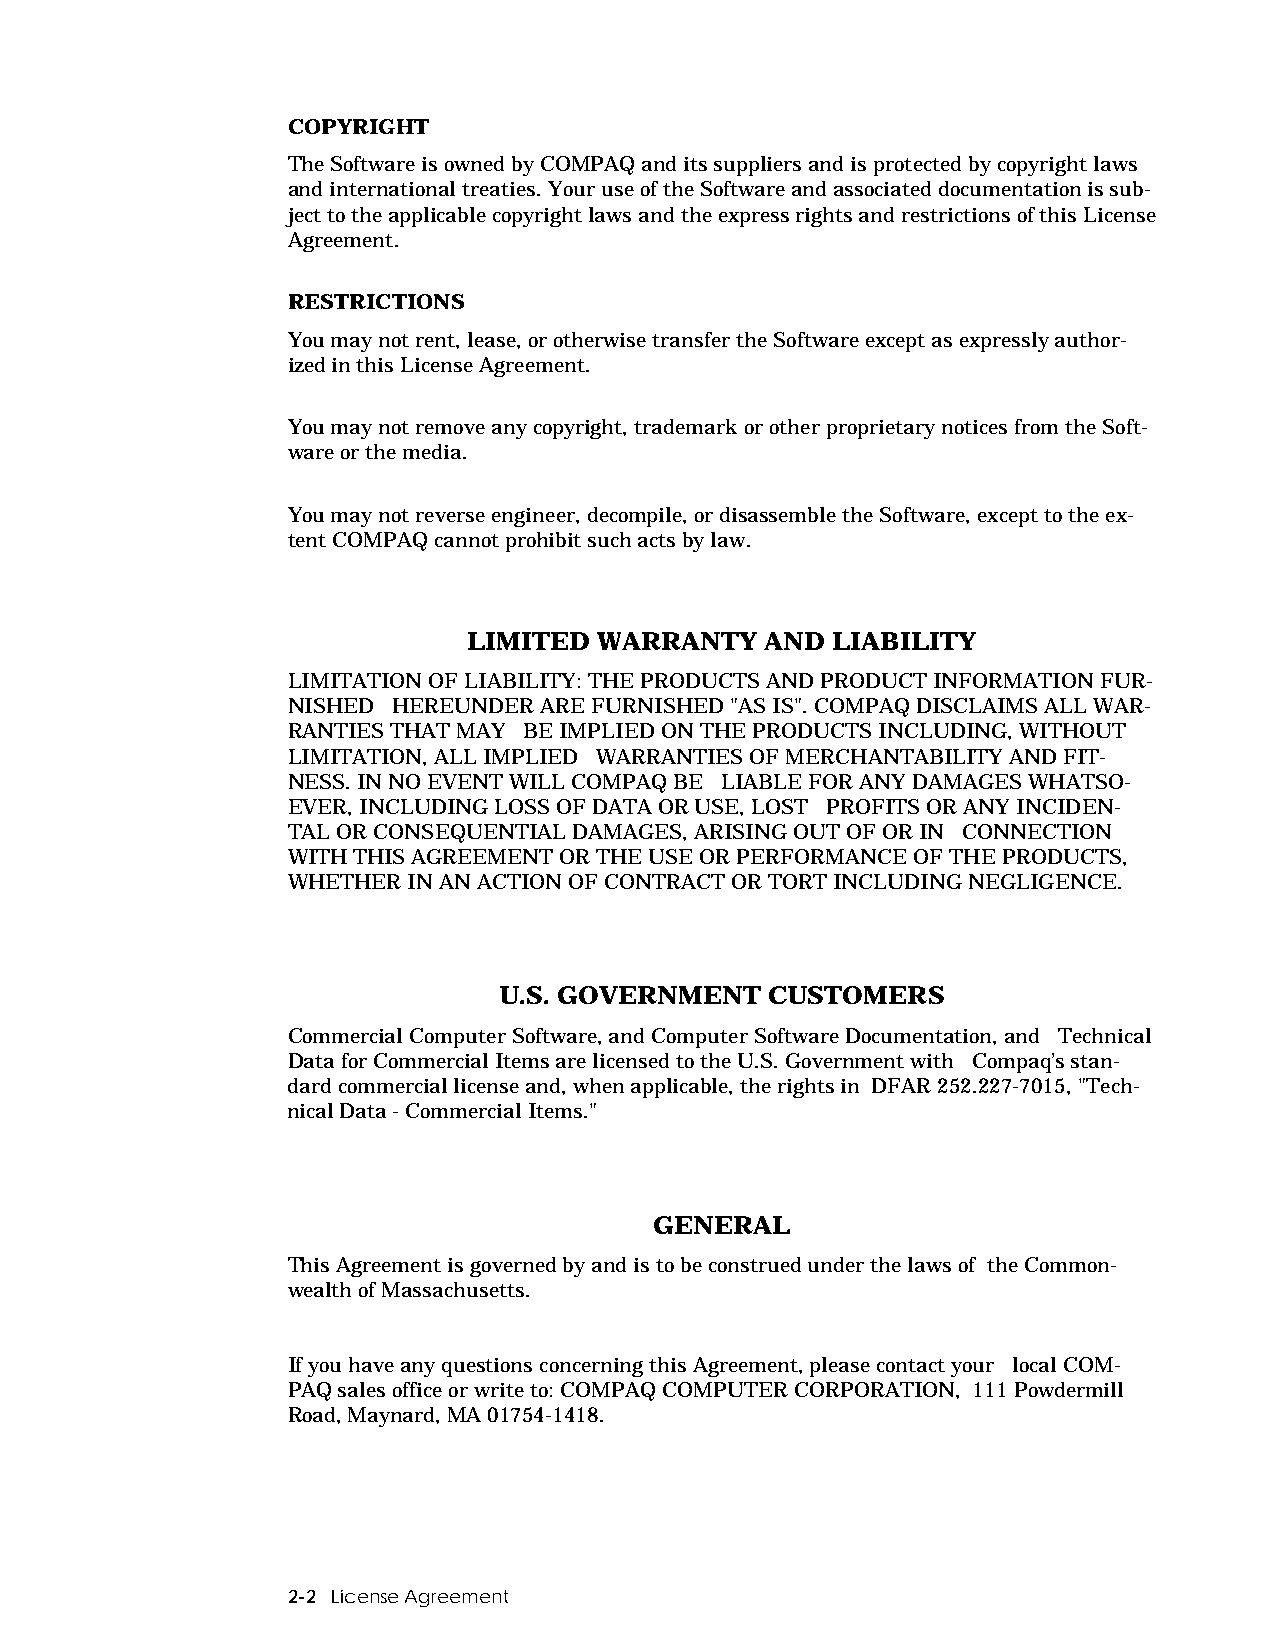
COPYRIGHT
 The Software is owned by COMPAQ and its suppliers and is protected by copyright laws
 and international treaties. Your use of the Software and associated documentation is sub-
 ject to the applicable copyright laws and the express rights and restrictions of this License
 Agreement.
 RESTRICTIONS
 You may not rent, lease, or otherwise transfer the Software except as expressly author-
 ized in this License Agreement.
 You may not remove any copyright, trademark or other proprietary notices from the Soft-
 ware or the media.
 You may not reverse engineer, decompile, or disassemble the Software, except to the ex-
 tent COMPAQ cannot prohibit such acts by law.
 LIMITED  WARRANTY   AND LIABILITY
 LIMITATION OF LIABILITY: THE PRODUCTS AND PRODUCT INFORMATION FUR-
 NISHED HEREUNDER ARE FURNISHED "AS IS". COMPAQ DISCLAIMS ALL WAR-
 RANTIES THAT MAY BE IMPLIED ON THE PRODUCTS INCLUDING, WITHOUT
 LIMITATION, ALL IMPLIED WARRANTIES OF MERCHANTABILITY AND FIT-
 NESS. IN NO EVENT WILL COMPAQ BE LIABLE FOR ANY DAMAGES WHATSO-
 EVER, INCLUDING LOSS OF DATA OR USE, LOST PROFITS OR ANY INCIDEN-
 TAL OR CONSEQUENTIAL DAMAGES, ARISING OUT OF OR IN CONNECTION
 WITH THIS AGREEMENT OR THE USE OR PERFORMANCE OF THE PRODUCTS,
 WHETHER IN AN ACTION OF CONTRACT OR TORT INCLUDING NEGLIGENCE.
 U.S. GOVERNMENT   CUSTOMERS
 Commercial Computer Software, and Computer Software Documentation, and Technical
 Data for Commercial Items are licensed to the U.S. Government with Compaq’s stan-
 dard commercial license and, when applicable, the rights in DFAR 252.227-7015, "Tech-
 nical Data - Commercial Items."
 GENERAL
 This Agreement is governed by and is to be construed under the laws of the Common-
 wealth of Massachusetts.
 If you have any questions concerning this Agreement, please contact your local COM-
 PAQ sales office or write to: COMPAQ COMPUTER CORPORATION, 111 Powdermill
 Road, Maynard, MA 01754-1418.
 2-2 License Agreement